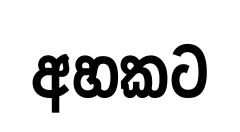
අහකට